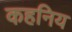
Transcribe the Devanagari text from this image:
कहनिय